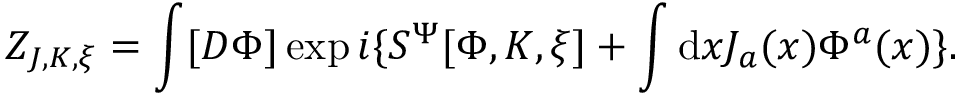
Z _ { J , K , \xi } = \int [ D \Phi ] \exp i \{ { \cal S } ^ { \Psi } [ \Phi , K , \xi ] + \int \mathrm { d } x J _ { a } ( x ) \Phi ^ { a } ( x ) \} .